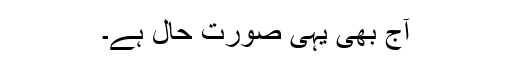
آج بھی یہی صورتِ حال ہے۔